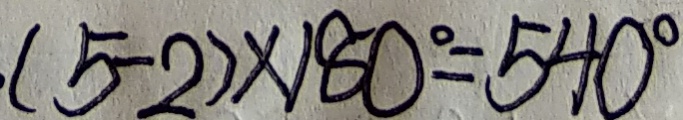
( 5 - 2 ) \times 1 8 0 ^ { \circ } = 5 4 0 ^ { \circ }